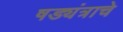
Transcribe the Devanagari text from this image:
षड्यंत्राचे